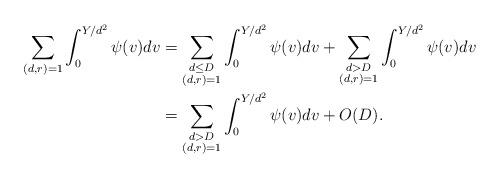
LaTeX: \begin{align*}\sum_{(d,r)=1}\int_{0}^{Y/d^2}\psi(v)dv&=\sum_{\substack{d\leq D\\(d,r)=1}}\int_{0}^{Y/d^2}\psi(v)dv+\sum_{\substack{d> D\\(d,r)=1}}\int_{0}^{Y/d^2}\psi(v)dv\\&=\sum_{\substack{d> D\\(d,r)=1}}\int_{0}^{Y/d^2}\psi(v)dv+O(D).\end{align*}